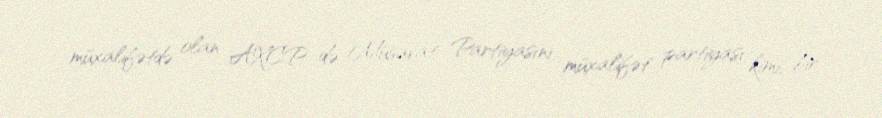
müxalifətdə olan AXCP də Müsavat Partiyasını müxalifət partiyası kimi, bir